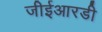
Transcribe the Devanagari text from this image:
जीईआरडी